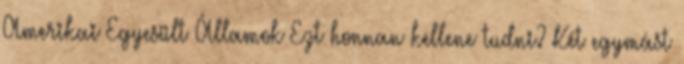
Amerikai Egyesült Államok Ezt honnan kellene tudni? Két egymást